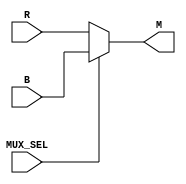
/* 
REG. NO: SEU/IS/13/EG/091
NAME: P.RUMESH
THIS VERILOG CODE IS FOR MULTIPLEXER IN THE GIVEN DIAGRAM
*/

// DEFINING MUX
module MUX(B, R, MUX_SEL, M);	
input [3:0] B;
input [3:0] R;		//TWO INPUTS EACH FOUR BIT LONG
input MUX_SEL;		//MUX_SEL INPUT CAN BE 0 OR 1
output reg[3:0] M;	//FOUR BIT OUTPUT M SAVED IN REGISTER

always@(*)begin
	if (MUX_SEL == 1) // IF MUX_SEL = 1 DISPLAY B OR ELSE DISPLAY R
		M = B;
		else
		M = R;
	end
	
endmodule